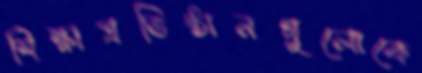
শিক্ষাপ্রতিষ্ঠানগুলোকে